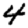
Digit: 4